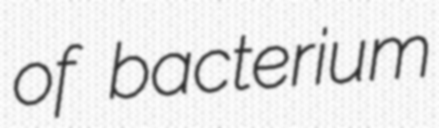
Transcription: of bacterium